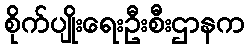
စိုက်ပျိုးရေးဦးစီးဌာနက